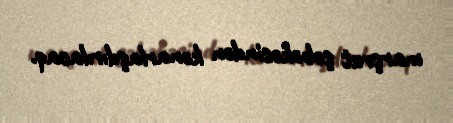
marşrut şəbəkəsindən kənarlaşdırılacaq.